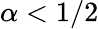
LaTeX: \alpha<1/2